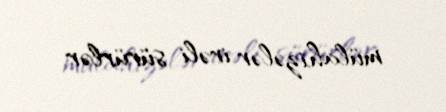
mülahizələr irəli sürürlər.